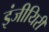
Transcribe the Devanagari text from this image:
इंजीयिरी